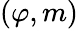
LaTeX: (\varphi,m)